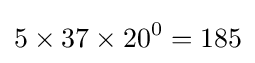
5\times 37\times 20^{0}=185